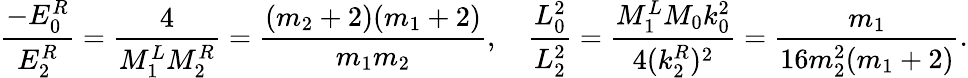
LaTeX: \frac{-E_{0}^{R}}{E_{2}^{R}}=\frac{4}{M_{1}^{L}M_{2}^{R}}=\frac{(m_{2}+2)(m_{1}+2)}{m_{1}m_{2}},\quad\frac{L_{0}^{2}}{L_{2}^{2}}=\frac{M_{1}^{L}M_{0}k_{0}^{2}}{4(k_{2}^{R})^{2}}=\frac{m_{1}}{16m_{2}^{2}(m_{1}+2)}.